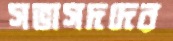
সভাসদদের